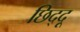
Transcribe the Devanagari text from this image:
छिद्दू